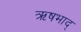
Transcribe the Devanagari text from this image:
ऋषभाद्